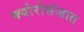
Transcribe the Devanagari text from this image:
क्योरोसंजात